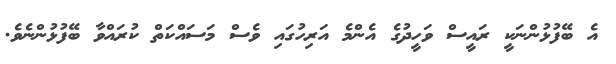
އެ ބޭފުޅުންނަކީ ރައީސް ވަހީދުގެ އެންމެ އަރިހުގައި ވެސް މަސައްކަތް ކުރައްވާ ބޭފުޅުންނެވެ.